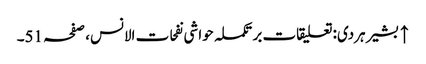
↑ بشیر ہردی: تعلیقات بر تکملہ حواشی نفحات الانس، صفحہ 51۔